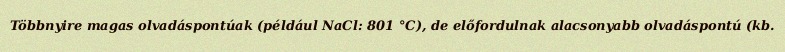
Többnyire magas olvadáspontúak (például NaCl: 801 °C), de előfordulnak alacsonyabb olvadáspontú (kb.